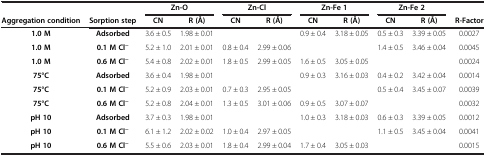
<table><thead><tr><td colspan="2"><b> </b></td><td colspan="2"><b>Zn-O</b></td><td colspan="2"><b>Zn-Cl</b></td><td colspan="2"><b>Zn-Fe 1</b></td><td colspan="2"><b>Zn-Fe 2</b></td><td><b> </b></td></tr><tr><td><b>Aggregation condition</b></td><td><b>Sorption step</b></td><td><b>CN</b></td><td><b>R (Å)</b></td><td><b>CN</b></td><td><b>R (Å)</b></td><td><b>CN</b></td><td><b>R (Å)</b></td><td><b>CN</b></td><td><b>R (Å)</b></td><td><b>R-Factor</b></td></tr></thead><tbody><tr><td><b>1.0 M</b></td><td><b>Adsorbed</b></td><td>3.6 ± 0.5</td><td>1.98 ± 0.01</td><td> </td><td> </td><td>0.9 ± 0.4</td><td>3.18 ± 0.05</td><td>0.5 ± 0.3</td><td>3.39 ± 0.05</td><td>0.0027</td></tr><tr><td><b>1.0 M</b></td><td><b>0.1 M Cl</b><sup><b>−</b></sup></td><td>5.2 ± 1.0</td><td>2.01 ± 0.01</td><td>0.8 ± 0.4</td><td>2.99 ± 0.06</td><td> </td><td> </td><td>1.4 ± 0.5</td><td>3.46 ± 0.04</td><td>0.0045</td></tr><tr><td><b>1.0 M</b></td><td><b>0.6 M Cl</b><sup><b>−</b></sup></td><td>5.4 ± 0.8</td><td>2.02 ± 0.01</td><td>1.8 ± 0.5</td><td>2.99 ± 0.05</td><td>1.6 ± 0.5</td><td>3.05 ± 0.05</td><td> </td><td> </td><td>0.0024</td></tr><tr><td><b>75°C</b></td><td><b>Adsorbed</b></td><td>3.6 ± 0.4</td><td>1.98 ± 0.01</td><td> </td><td> </td><td>0.9 ± 0.3</td><td>3.16 ± 0.03</td><td>0.4 ± 0.2</td><td>3.42 ± 0.04</td><td>0.0014</td></tr><tr><td><b>75°C</b></td><td><b>0.1 M Cl</b><sup><b>−</b></sup></td><td>5.2 ± 0.9</td><td>2.03 ± 0.01</td><td>0.7 ± 0.3</td><td>2.95 ± 0.05</td><td> </td><td> </td><td>0.5 ± 0.4</td><td>3.45 ± 0.07</td><td>0.0039</td></tr><tr><td><b>75°C</b></td><td><b>0.6 M Cl</b><sup><b>−</b></sup></td><td>5.2 ± 0.8</td><td>2.04 ± 0.01</td><td>1.3 ± 0.5</td><td>3.01 ± 0.06</td><td>0.9 ± 0.5</td><td>3.07 ± 0.07</td><td> </td><td> </td><td>0.0032</td></tr><tr><td><b>pH 10</b></td><td><b>Adsorbed</b></td><td>3.7 ± 0.3</td><td>1.98 ± 0.01</td><td> </td><td> </td><td>1.0 ± 0.3</td><td>3.18 ± 0.03</td><td>0.6 ± 0.3</td><td>3.39 ± 0.05</td><td>0.0012</td></tr><tr><td><b>pH 10</b></td><td><b>0.1 M Cl</b><sup><b>−</b></sup></td><td>6.1 ± 1.2</td><td>2.02 ± 0.02</td><td>1.0 ± 0.4</td><td>2.97 ± 0.05</td><td> </td><td> </td><td>1.1 ± 0.5</td><td>3.45 ± 0.04</td><td>0.0041</td></tr><tr><td><b>pH 10</b></td><td><b>0.6 M Cl</b><sup><b>−</b></sup></td><td>5.5 ± 0.6</td><td>2.03 ± 0.01</td><td>1.8 ± 0.4</td><td>2.99 ± 0.04</td><td>1.7 ± 0.4</td><td>3.05 ± 0.03</td><td> </td><td> </td><td>0.0015</td></tr></tbody></table>